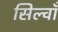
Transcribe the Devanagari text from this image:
सिल्वाँ